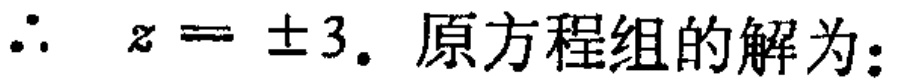
\(\therefore\ z = \pm 3.\) 原方程组的解为：